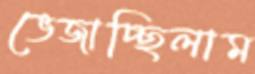
ভেজাচ্ছিলাম